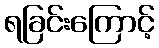
ရခြင်းကြောင့်